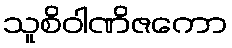
သူစိဝါဏိဇကော